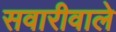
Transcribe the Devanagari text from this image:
सवारीवाले